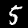
Label: 5